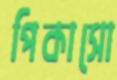
পিকাসো